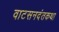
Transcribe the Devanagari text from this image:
वाटसनदंतकथा